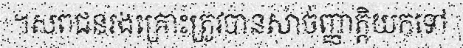
។សពជនរងគ្រោះត្រូវបានសាច់ញ្ញាត្តិយកទៅ